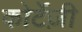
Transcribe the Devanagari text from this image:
कोर्टेज़ी